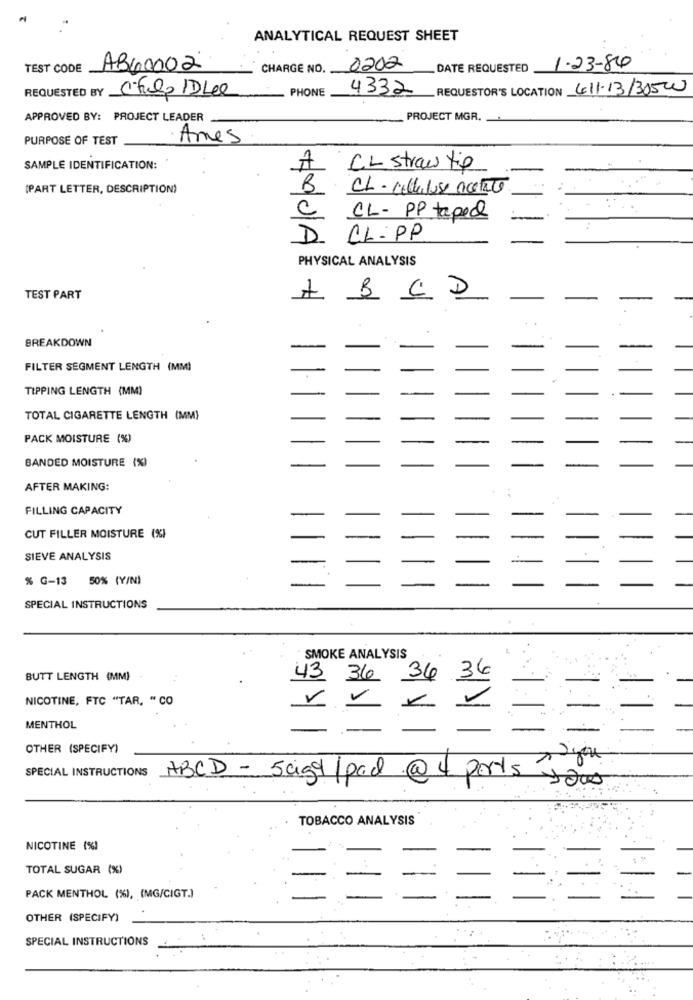
ANALYTICAL REQUEST SHEET
TEST CODE
AB60002
CHARGE NO. .
2202
DATE REQUESTED
1.23-84
REQUESTED BY
chulo IDLee
PHONE
4332
REQUESTOR'S LOCATION 411-13/30500
APPROVED BY: PROJECT LEADER
PROJECT MGR.
PURPOSE OF TEST
Ames
SAMPLE IDENTIFICATION:
A
CL straw tip
(PART LETTER, DESCRIPTION)
B
CL- cellulose nicetile
C
CL- PP taped
CL-PP
PHYSICAL ANALYSIS
TEST PART
A B C D
BREAKDOWN
FILTER SEGMENT LENGTH (MM)
TIPPING LENGTH (MM)
TOTAL CIGARETTE LENGTH (MM)
PACK MOISTURE (%)
BANDED MOISTURE (%)
AFTER MAKING:
FILLING CAPACITY
CUT FILLER MOISTURE (%)
SIEVE ANALYSIS
% G-13 50% (Y/N)
SPECIAL INSTRUCTIONS
" SMOKE ANALYSIS
BUTT LENGTH (MM)
43 36 34 36
NICOTINE, FTC "TAR, " CO
VV
MENTHOL
OTHER (SPECIFY)
SPECIAL INSTRUCTIONS ABCD-sagt/pod @4 ports your
TOBACCO ANALYSIS
NICOTINE (%)
TOTAL SUGAR (%)
PACK MENTHOL (%), (MG/CIGT.)
OTHER (SPECIFY)
SPECIAL INSTRUCTIONS